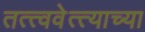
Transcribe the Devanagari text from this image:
तत्त्ववेत्त्याच्या